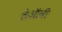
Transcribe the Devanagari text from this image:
लेऑनी